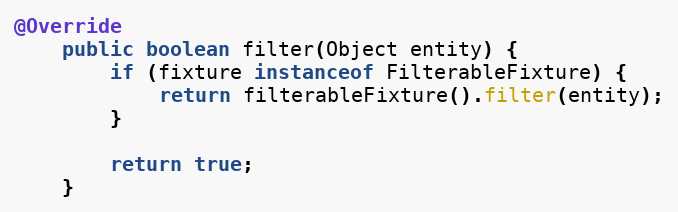
Language: Java
@Override
	public boolean filter(Object entity) {
		if (fixture instanceof FilterableFixture) {
			return filterableFixture().filter(entity);
		}

		return true;
	}